Source: Handwritten
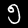
Digit: ၅ (5)